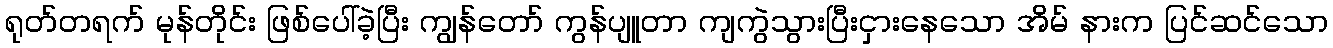
ရုတ်တရက် မုန်တိုင်း ဖြစ်ပေါ်ခဲ့ပြီး ကျွန်တော် ကွန်ပျူတာ ကျကွဲသွားပြီးငှားနေသော အိမ် နားက ပြင်ဆင်သော